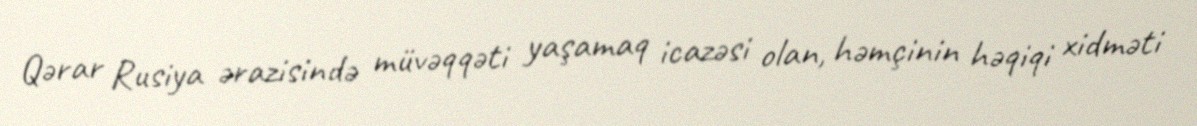
Qərar Rusiya ərazisində müvəqqəti yaşamaq icazəsi olan, həmçinin həqiqi xidməti